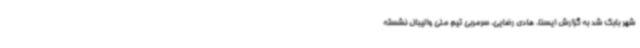
شهر بابک شد به گزارش ایسنا، هادی رضایی، سرمربی تیم ملی والیبال نشسته